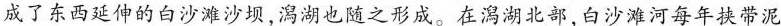
成了东西延伸的白沙滩沙坝，澙湖也随之形成。在澙湖北部，白沙滩河每年挟带泥